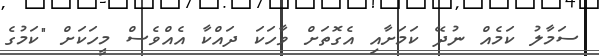
ސަމާލު ކަމެއް ނުދޭ ކަމަށާއި އެގޮތަށް ވާހަކަ ދައްކާ އެއްވެސް މީހަކަށް "ކަމުގެ